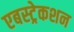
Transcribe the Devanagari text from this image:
एबस्ट्रेकशन